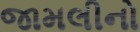
જામલીનો